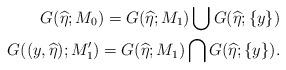
LaTeX: \begin{align*}G(\widehat{\eta};M_0)=G(\widehat{\eta};M_1)\bigcup G(\widehat{\eta};\{y\})\\G((y,\widehat{\eta});M_1')=G(\widehat{\eta};M_1)\bigcap G(\widehat{\eta};\{y\}).\end{align*}